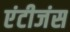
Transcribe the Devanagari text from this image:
एंटीजंस